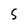
Character: S